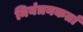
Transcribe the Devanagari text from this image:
नियंत्रनकर्ता